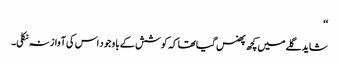
‘‘
شاید گلے میں کچھ پھنس گیا تھا کہ کوشش کے با وجود اس کی آواز نہ نکلی۔